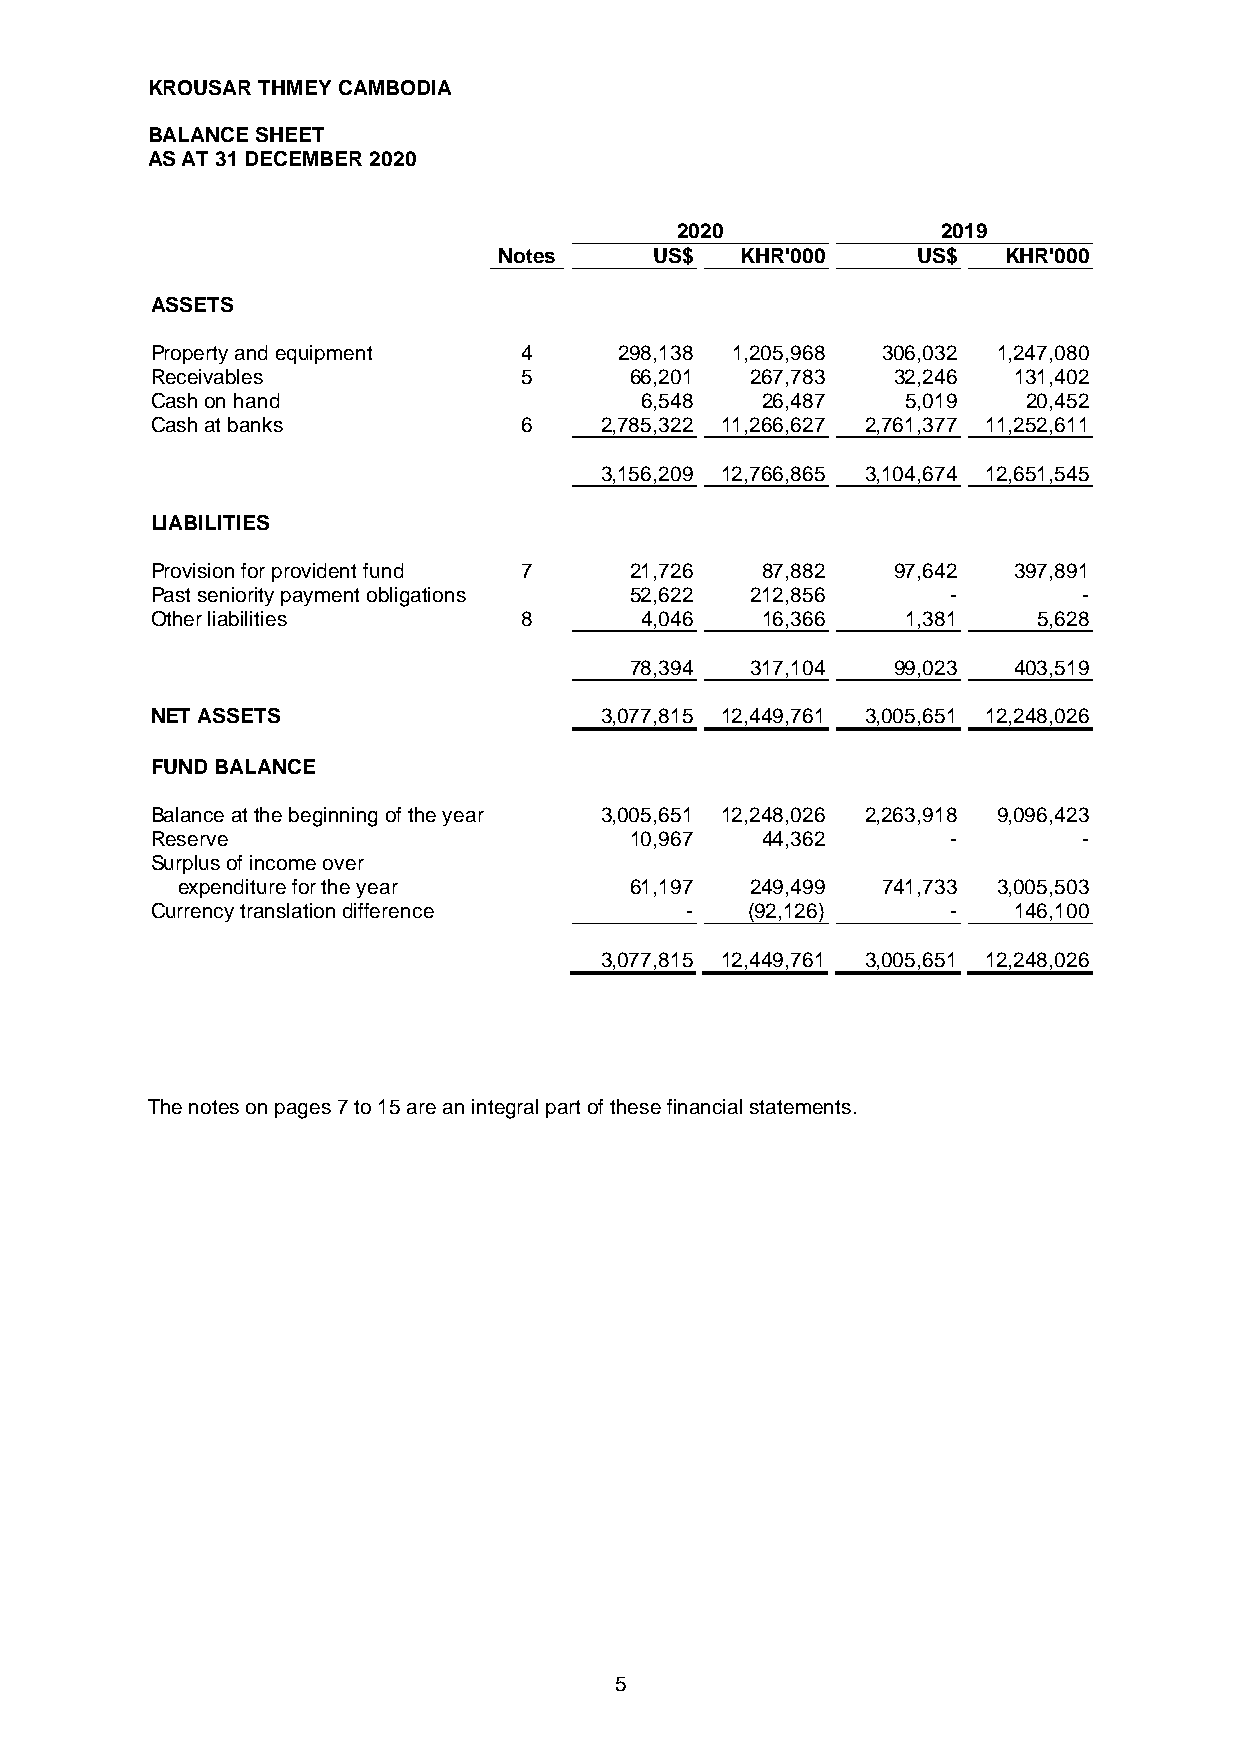
K ROUSAR THMEYCAMBODAI
 BALANCESHEET
 ASAT31 DECEMBER 2020
 2020             2019
 Notes     US$   K HR0'00    US$  K HR0'00
 ASSETS
 Propertyandequipment    4      298,138 1,205,968 306,032 1,247,080
 Receivables             5       66,201  267,783  32,246  131,402
 Cashonhand                      6,548   26,487    5,019   20,452
 Cashatbanks             6     2,785,322 11,266,627 2,761,377 11,252,611
 3,156,209 12,766,865 3,104,674 12,651,545
 LAI BLITIEIS
 Provisionforprovidentfund 7     21,726  87,882   97,642  397,891
 Pastsenioritypaymentobligations 52,622  212,856      -        -
 Otherliabilities        8       4,046   16,366    1,381    5,628
 78,394  317,104  99,023  403,519
 NETASSETS                     3,077,815 12,449,761 3,005,651 12,248,026
 FUNDBALANCE
 Balanceatthebeginningoftheyear 3,005,651 12,248,026 2,263,918 9,096,423
 Reserve                         10,967  44,362       -        -
 Surplusofincomeover
 expenditurefortheyear         61,197  249,499 741,733 3,005,503
 Currencytranslationdifference      -   (92,126)      -   146,100
 3,077,815 12,449,761 3,005,651 12,248,026
 Thenotesonpages7to15areanintegralpartofthesefinancialstatements.
 5